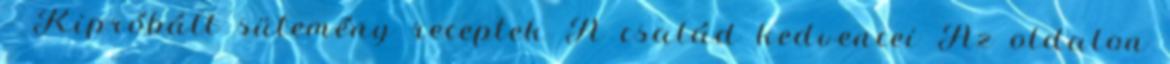
– Kipróbált sütemény receptek A család kedvencei Az oldalon